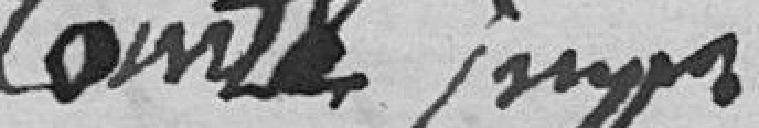
Comte